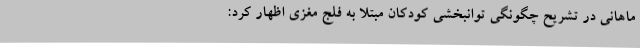
ماهانی در تشریح چگونگی توانبخشی کودکان مبتلا به فلج مغزی اظهار کرد: